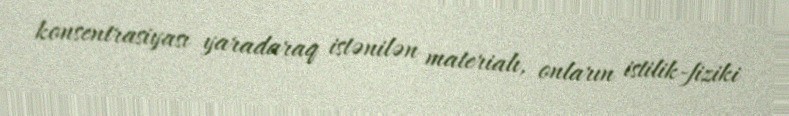
konsentrasiyası yaradaraq istənilən materialı, onların istilik-fiziki